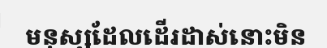
មនុស្សដែលដើរដាស់នោះមិន